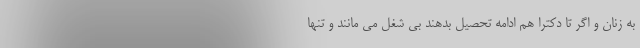
به زنان و اگر تا دکترا هم ادامه تحصیل بدهند بی شغل می مانند و تنها